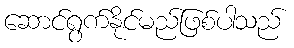
ဆောင်ရွက်နိုင်မည်ဖြစ်ပါသည်